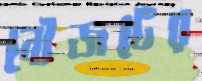
নৌজটের